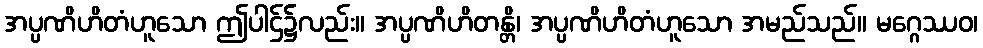
အပ္ပဏိဟိတံဟူသော ဤပါဌ်၌လည်း။ အပ္ပဏိဟိတန္တိ၊ အပ္ပဏိဟိတံဟူသော အမည်သည်။ မဂ္ဂေဿဝ၊